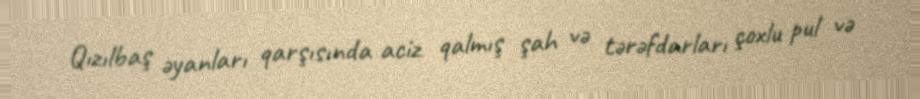
Qızılbaş əyanları qarşısında aciz qalmış şah və tərəfdarları çoxlu pul və